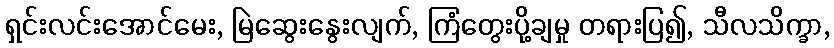
ရှင်းလင်းအောင်မေး, မြဲဆွေးနွေးလျက်, ကြံတွေးပို့ချမှု တရားပြ၍, သီလသိက္ခာ,